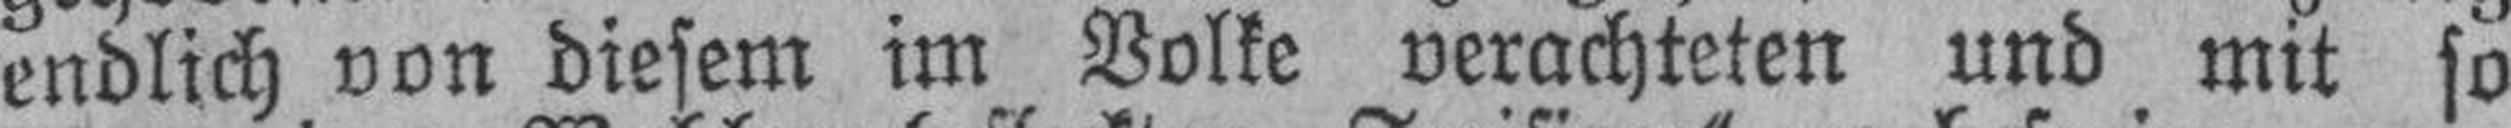
endlich von diesem im Volke verachteten und mit so